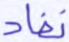
نفاد